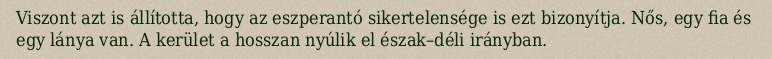
Viszont azt is állította, hogy az eszperantó sikertelensége is ezt bizonyítja. Nős, egy fia és egy lánya van. A kerület a hosszan nyúlik el észak–déli irányban.